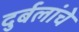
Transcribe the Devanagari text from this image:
दुर्बलांचे